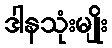
ဒါနသုံးမျိုး